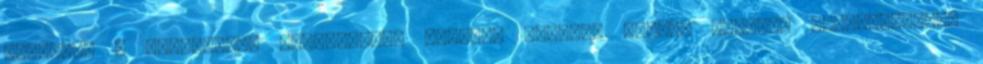
tényéről a bíróságnak jogszabályi előírás szerint minden esetben tájékoztatnia